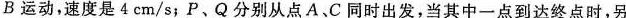
B运动，速度是4cm/s；P、Q分别从点A、C同时出发，当其中一点到达终点时，另